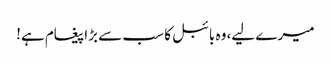
میرے لیے، وہ بائبل کا سب سے بڑا پیغام ہے!